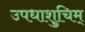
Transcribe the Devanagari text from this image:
उपधाशुचिम्